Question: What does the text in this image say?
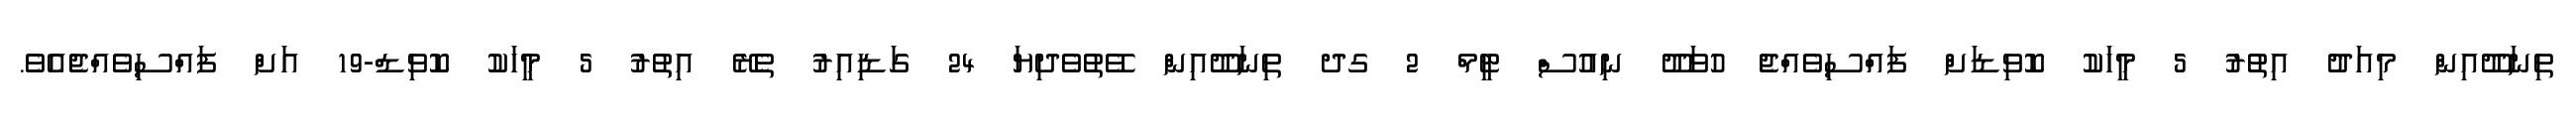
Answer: ތިނަދޫއިން މިއަދު އިތުރު 5 މީހަކު ކޮވިޑަށް ފައްސިވެއްޖެ ހުވަދޫ ނިއުސް ޓީމް 2 ގދ ތިނަދޫއިން ވޭތުވެދިޔަ 24 ގަޑިއިރު ތެރޭ އިތުރު 5 މީހަކު ކޮވިޑް-19 އަށް ފައްސިވެއްޖެއެވެ.